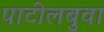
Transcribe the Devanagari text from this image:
पाटीलबुवा